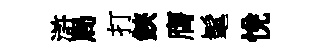
滸局打鋏膺髦恱